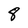
Character: 8